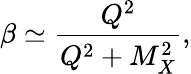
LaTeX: \beta\simeq\frac{Q^{2}}{Q^{2}+M_{X}^{2}},